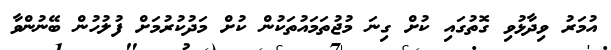
އުމަރު ވިދާޅުވި ގޮތުގައި ކުށް ގިނަ މުޖުތަމައުތަކުން ކުށް މަދުކުރުމަށް ފުލުހުން ބޭނުންވާ